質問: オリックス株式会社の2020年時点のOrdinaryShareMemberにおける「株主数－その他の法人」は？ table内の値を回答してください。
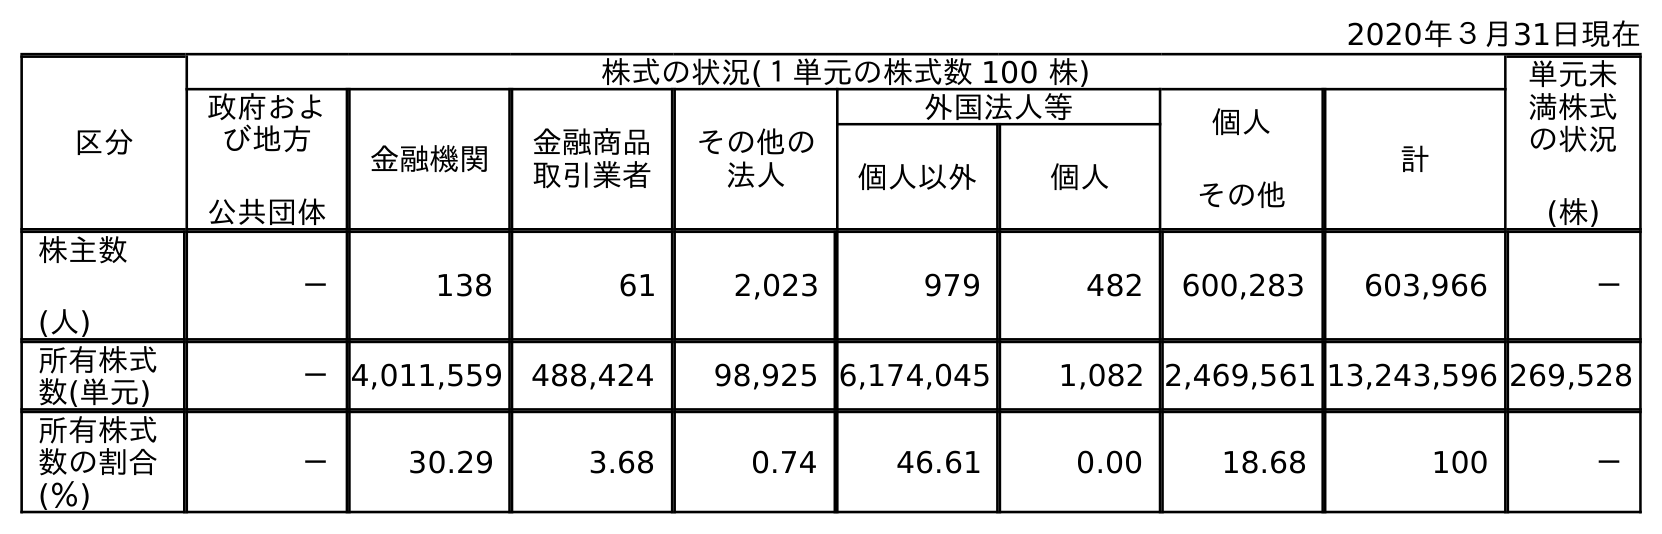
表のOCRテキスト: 2020年３月31日現在 区分 株式の状況(１単元の株式数 100 株) 単元未 満株式 の状況 (株) 政府およ び地方 公共団体 金融機関 金融商品 取引業者 その他の 法人 外国法人等 個人 その他 計 個人以外 個人 株主数 (人) － 138 61 2,023 979 482 600,283 603,966 － 所有株式 数(単元) －4,011,559 488,424 98,925 6,174,045 1,082 2,469,561 13,243,596 269,528 所有株式 数の割合 (％) － 30.29 3.68 0.74 46.61 0.00 18.68 100 －
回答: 2,023